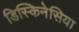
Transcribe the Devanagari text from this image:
डिस्किनेसिया